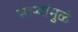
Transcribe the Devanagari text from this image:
साऱ्यांमुळे